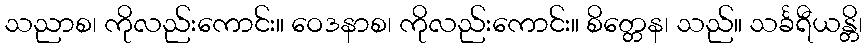
သညာစ၊ ကိုလည်းကောင်း။ ဝေဒနာစ၊ ကိုလည်းကောင်း။ စိတ္တေန၊ သည်။ သင်္ခရီယန္တိ၊